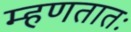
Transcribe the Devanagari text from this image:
म्हणतातः